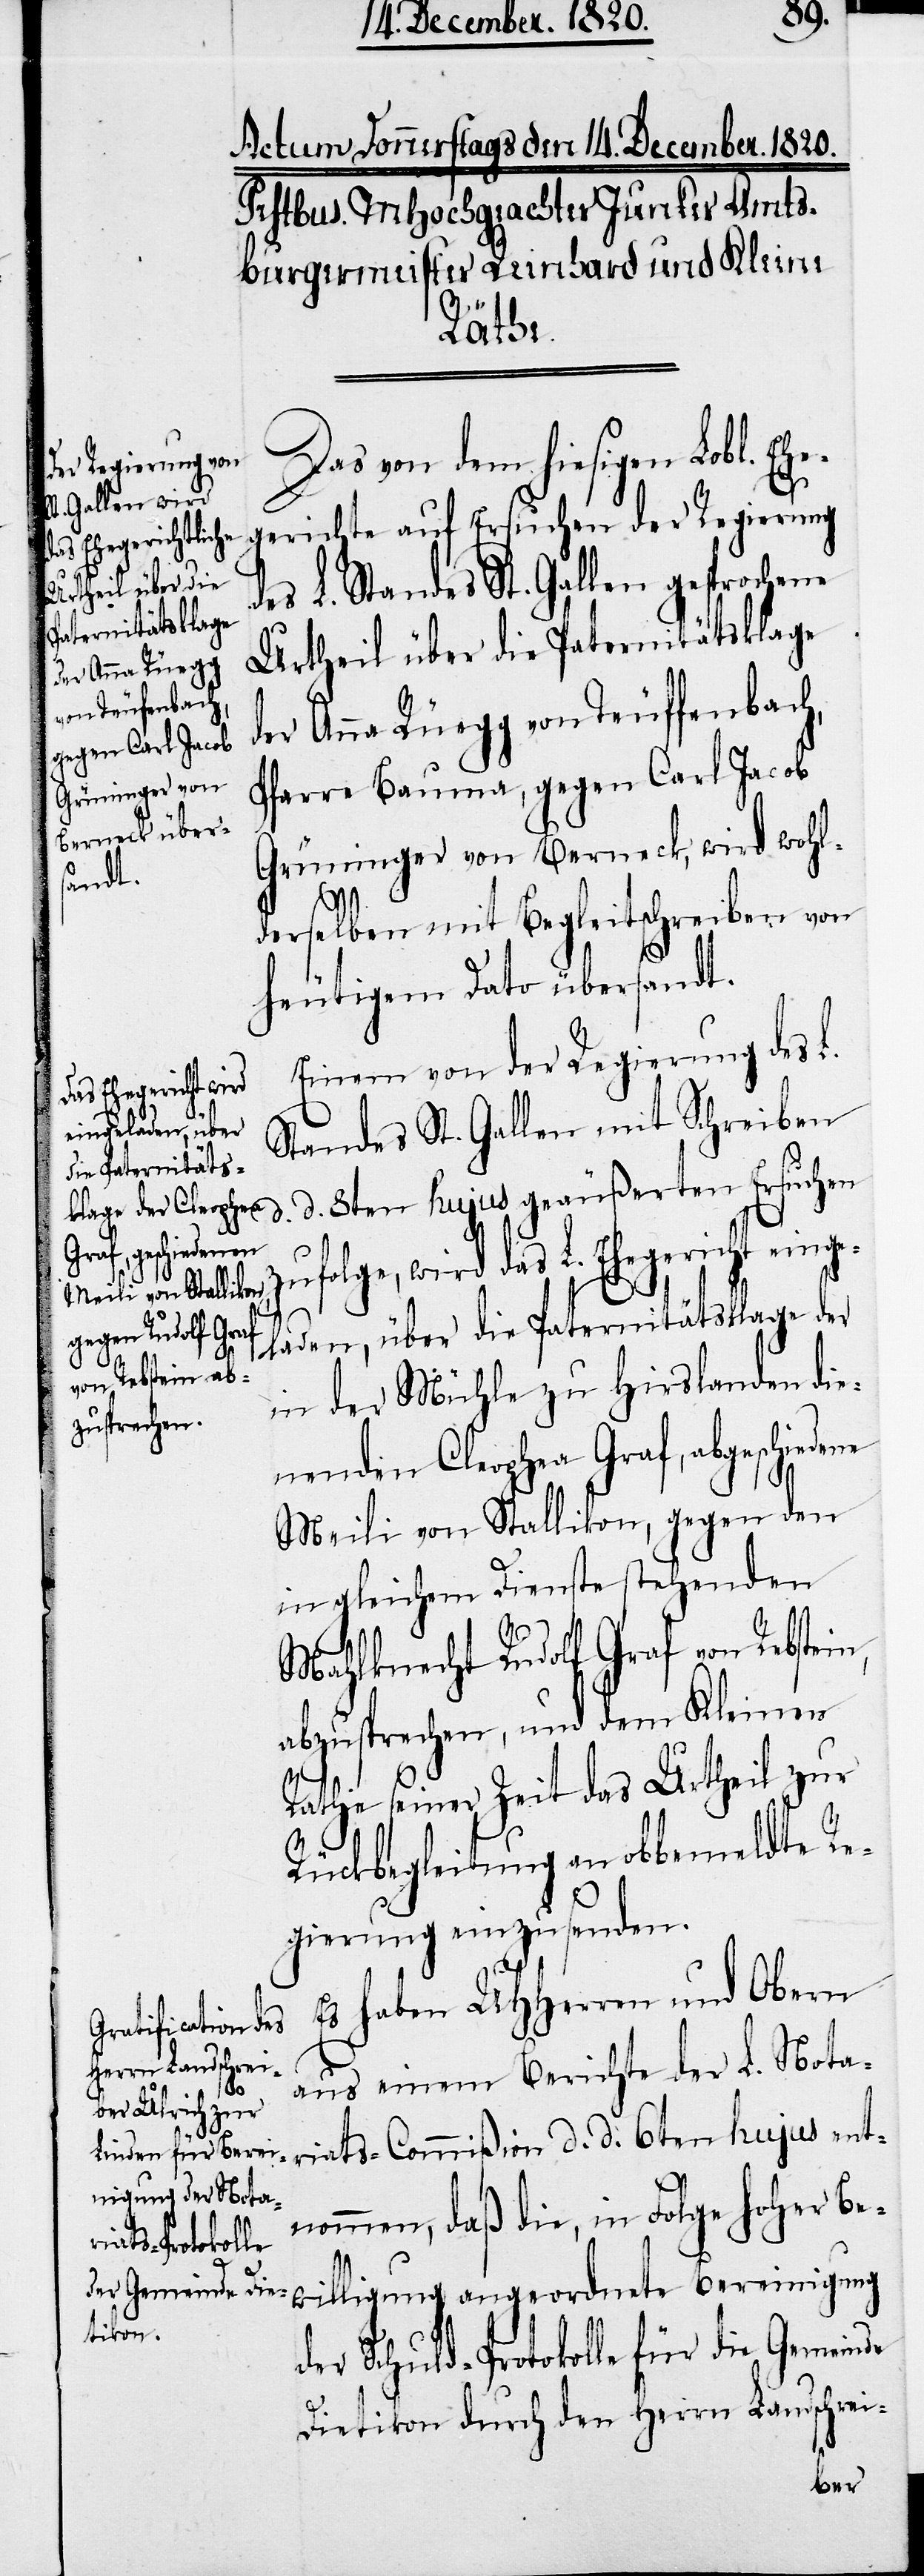
d¬

Das von dem hiesigen Lobl. E¬
gerichte auf Ersuchen der Regierung
des L. Standes St. Gallen gesprochene
Urtheil über die Paternitätsklage
der Anna Rüegg von Teuffenbach,
Pfarre Bauma, gegen Carl Jacob
Grüninger von Berneck, wird wohl¬
derselben mit Begleitschreiben von
heutigem Dato übersandt.
Einen von der Regierung des L.
Standes St. Gallen mit Schreiben
d. d. 8ten hujus geäußerten Ersuchen
zufolge, wird das L. Ehegericht einge¬
laden, über die Paternitätsklage der
in der Mühle zu Hirslanden die¬
nenden Cleophea Graf, abgeschiede¬
Meili von Stallikon, gegen den
in gleichem Dienste stehenden
Mahlknecht Rudolf Graf von Rebste¬
abzusprechen, und dem Kleinen
Rathe seiner Zeit das Urtheil zur
Rückbegleitung an obbemeldte Re¬
gierung einzusenden.
haben UHHerren und Obern
aus einem Berichte der L. Nota¬
riats-Commißion d. d. 6ten hujus ent¬
nommen, daß die, in Folge hoher Be¬
willigung angeordnete Bereinigung
er Schuld-Protokolle für die Gemeinde
Dietikon durch den Herrn Landschrei-
he¬